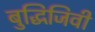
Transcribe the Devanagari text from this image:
बुद्धिजिवी